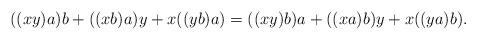
LaTeX: \begin{align*}((xy)a)b+((xb)a)y+x((yb)a)=((xy)b)a+((xa)b)y+x((ya)b).\end{align*}